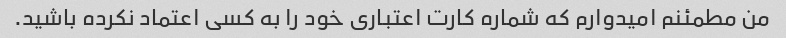
من مطمئنم امیدوارم که شماره کارت اعتباری خود را به کسی اعتماد نکرده باشید.